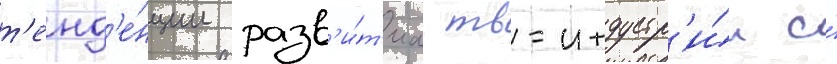
т'енд'е́нции разв'и́т'иа тв-индустр'и́и и́